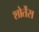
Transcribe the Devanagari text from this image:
शोर्तेंस